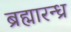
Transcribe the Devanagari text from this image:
ब्रह्मारन्ध्र